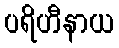
ပရိဟီနာယ